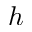
h